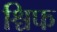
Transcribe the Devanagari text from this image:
श्चिफ